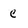
Character: C